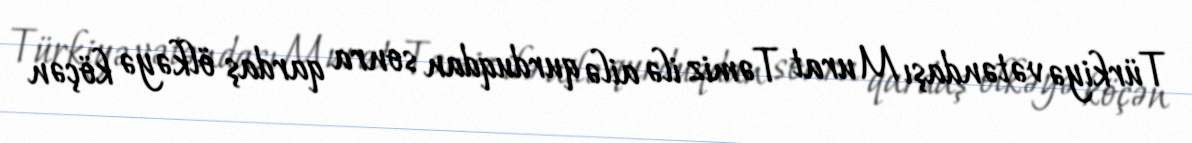
Türkiyə vətəndaşı Murat Təmiz ilə ailə qurduqdan sonra qardaş ölkəyə köçən